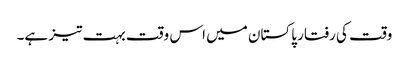
وقت کی رفتار پاکستان میں اس وقت بہت تیز ہے۔